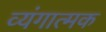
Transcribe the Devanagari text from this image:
व्‍यंगात्‍मक